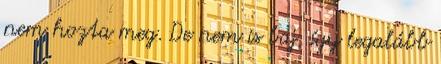
nem hozta meg. De nem is baj, így legalább